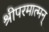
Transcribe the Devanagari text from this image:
श्रीपरमात्मन्